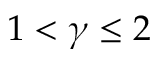
1 < \gamma \leq 2